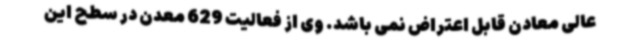
عالی معادن قابل اعتراض نمی باشد. وی از فعالیت 629 معدن در سطح این